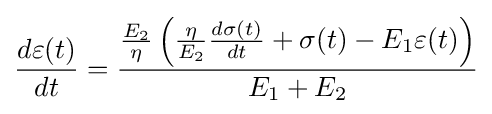
{\frac {d\varepsilon (t)}{dt}}={\frac {{\frac {E_{2}}{\eta }}\left({\frac {\eta }{E_{2}}}{\frac {d\sigma (t)}{dt}}+\sigma (t)-E_{1}\varepsilon (t)\right)}{E_{1}+E_{2}}}